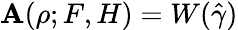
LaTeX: \mathbf{A}(\rho;F,H)=W(\hat{{\gamma}})